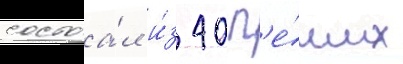
состоа́л и́з 40 п'е́ших